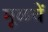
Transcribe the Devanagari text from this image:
मूळचें